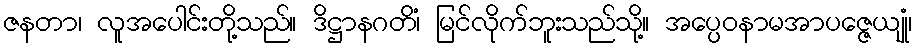
ဇနတာ၊ လူအပေါင်းတို့သည်။ ဒိဋ္ဌာနဂတိံ၊ မြင်လိုက်ဘူးသည်သို့။ အပ္ပေဝနာမအာပဇ္ဇေယျုံ၊